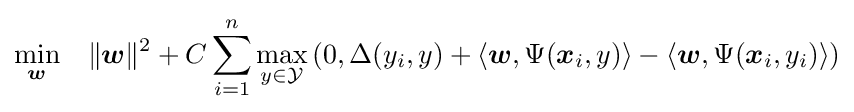
{\underset {\boldsymbol {w}}{\min }}\quad \|{\boldsymbol {w}}\|^{2}+C\sum _{i=1}^{n}{\underset {y\in {\mathcal {Y}}}{\max }}\left(0,\Delta (y_{i},y)+\langle {\boldsymbol {w}},\Psi ({\boldsymbol {x}}_{i},y)\rangle -\langle {\boldsymbol {w}},\Psi ({\boldsymbol {x}}_{i},y_{i})\rangle \right)